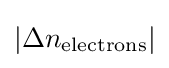
\left|\Delta n_{\mathrm {electrons} }\right|